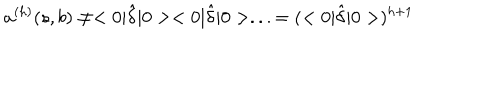
LaTeX: a ^ { ( h ) } ( s , b ) \neq < 0 | \hat { \delta } | 0 > < 0 | \hat { \delta } | 0 > . . . = ( < 0 | \hat { \delta } | 0 > ) ^ { h + 1 }